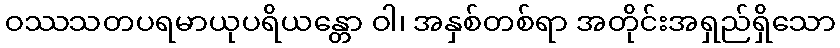
ဝဿသတပရမာယုပရိယန္တော ဝါ၊ အနှစ်တစ်ရာ အတိုင်းအရှည်ရှိသော